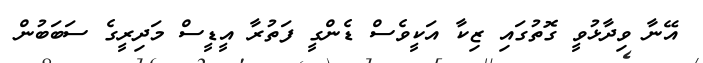
އޭނާ ވިދާޅުވީ ގޮތުގައި ޒިކާ އަކީވެސް ޑެންގީ ފަތުރާ އީޑީސް މަދިރީގެ ސަބަބުން